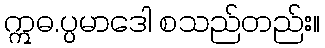
ဣဓ.ပ္ပမာဒေါ စသည်တည်း။